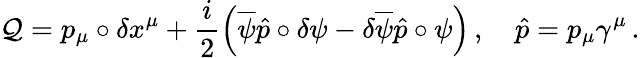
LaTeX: \mathcal{Q}=p_{\mu}\circ\delta x^{\mu}+\frac{i}{2}\left(\overline{{{\psi}}}\hat{p}\circ\delta\psi-\delta\overline{{{\psi}}}\hat{p}\circ\psi\right)\, ,\quad\hat{p}=p_{\mu}\gamma^{\mu}\, .